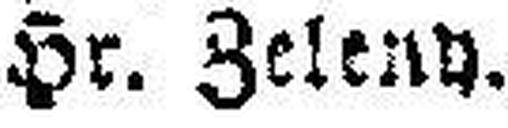
Hr. Zelend.